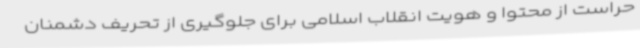
حراست از محتوا و هویت انقلاب اسلامی برای جلوگیری از تحریف دشمنان